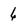
Character: 6